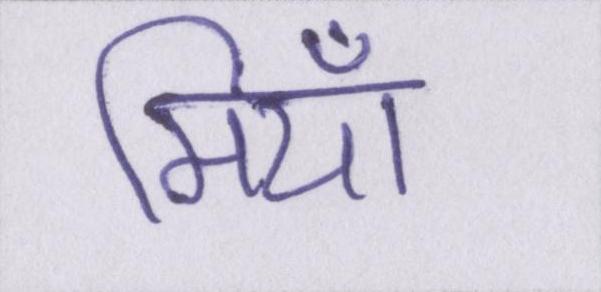
मियाँ